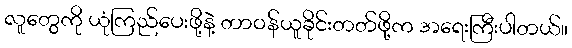
လူတွေကို ယုံကြည်ပေးဖို့နဲ့ တာဝန်ယူခိုင်းတတ်ဖို့က အရေးကြီးပါတယ်။